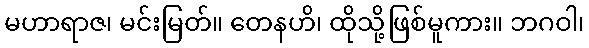
မဟာရာဇ၊ မင်းမြတ်။ တေနဟိ၊ ထိုသို့ဖြစ်မူကား။ ဘဂဝါ၊